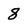
Character: 8